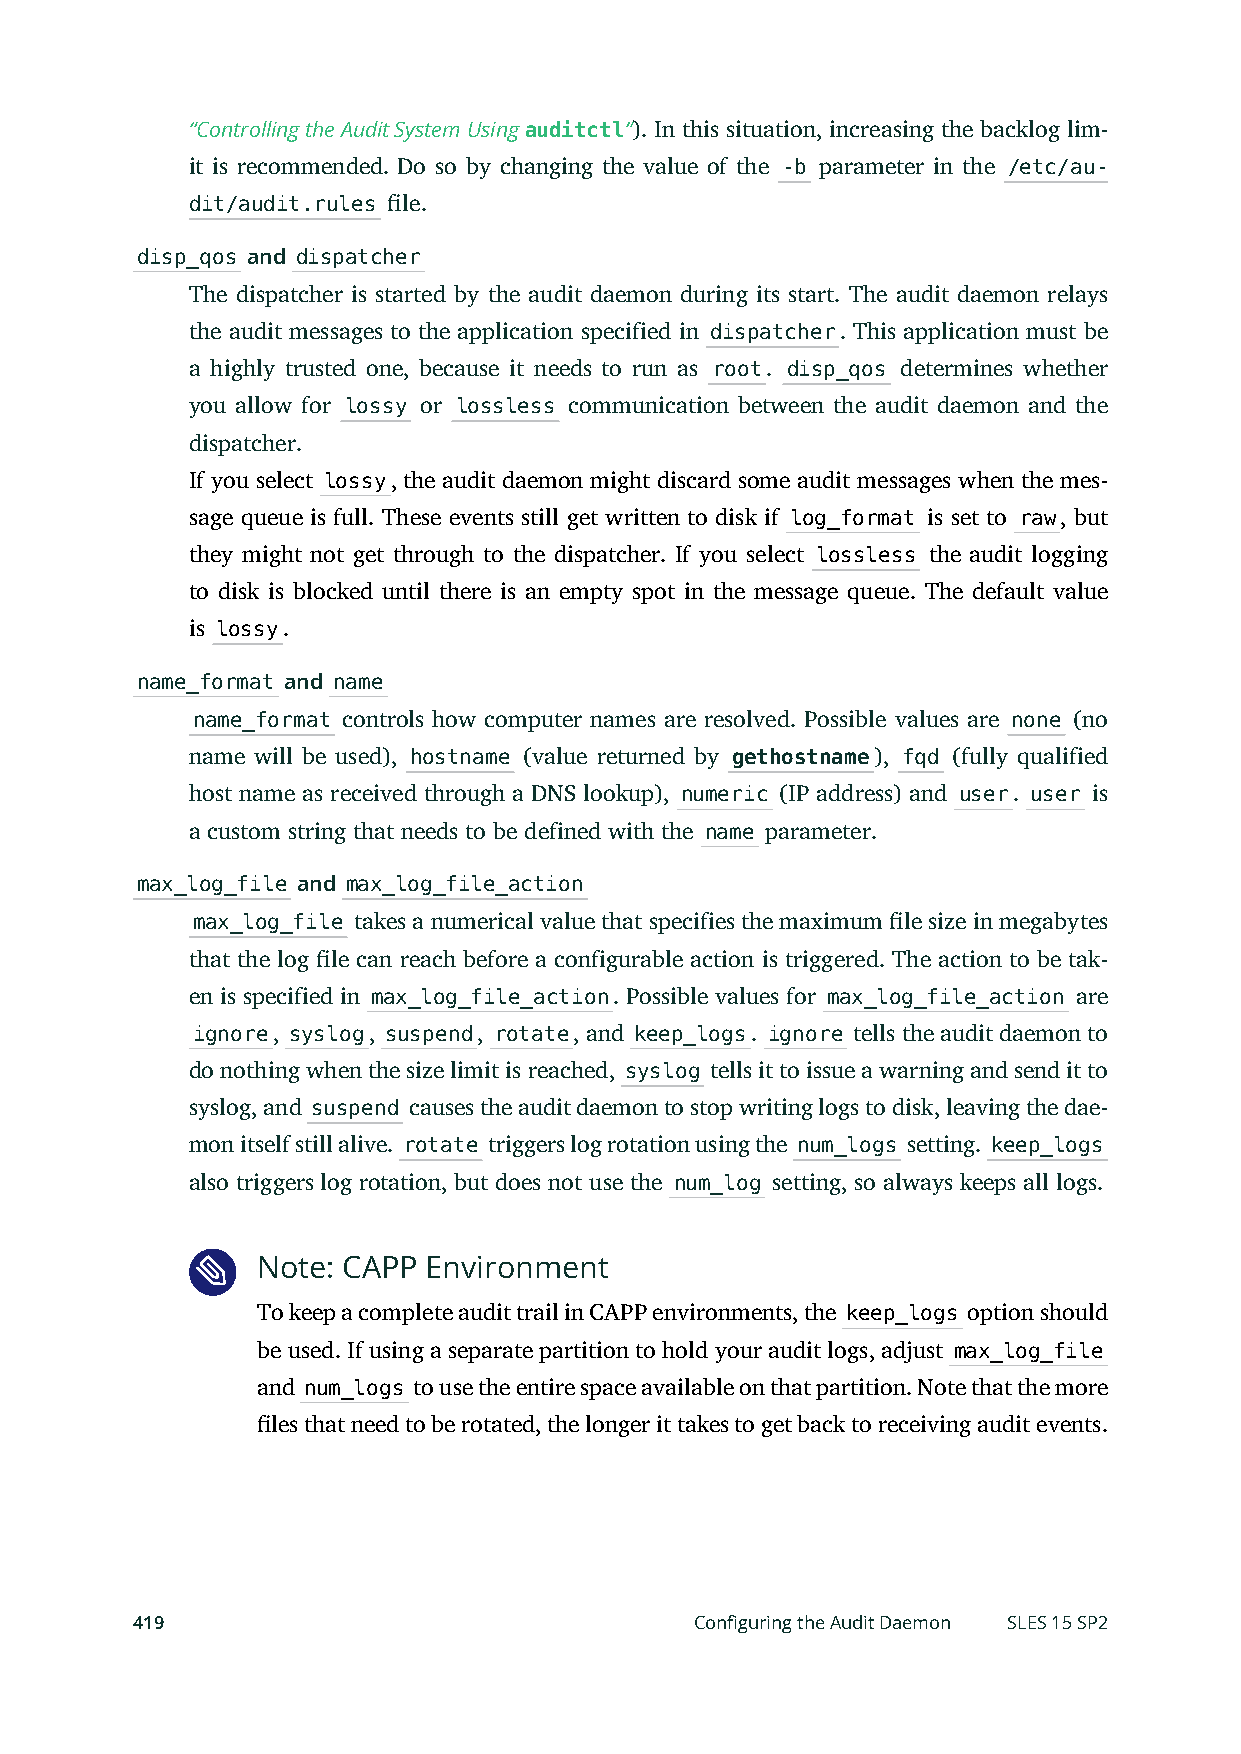
“Controlling the Audit System Using auditctl”). In this situation, increasing the backlog lim-
 it is recommended. Do so by changing the value of the -b parameter in the /etc/au-
 dit/audit.rules le.
 disp_qos and dispatcher
 The dispatcher is started by the audit daemon during its start. The audit daemon relays
 the audit messages to the application specified in dispatcher. This application must be
 a highly trusted one, because it needs to run as root. disp_qos determines whether
 you allow for lossy or lossless communication between the audit daemon and the
 dispatcher.
 If you select lossy, the audit daemon might discard some audit messages when the mes-
 sage queue is full. These events still get written to disk if log_format is set to raw, but
 they might not get through to the dispatcher. If you select lossless the audit logging
 to disk is blocked until there is an empty spot in the message queue. The default value
 is lossy.
 name_format and name
 name_format controls how computer names are resolved. Possible values are none (no
 name will be used), hostname (value returned by gethostname), fqd (fully qualified
 host name as received through a DNS lookup), numeric (IP address) and user. user is
 a custom string that needs to be defined with the name parameter.
 max_log_file and max_log_file_action
 max_log_file takes a numerical value that specifies the maximum le size in megabytes
 that the log le can reach before a configurable action is triggered. The action to be tak-
 en is specified in max_log_file_action. Possible values for max_log_file_action are
 ignore, syslog, suspend, rotate, and keep_logs. ignore tells the audit daemon to
 do nothing when the size limit is reached, syslog tells it to issue a warning and send it to
 syslog, and suspend causes the audit daemon to stop writing logs to disk, leaving the dae-
 mon itself still alive. rotate triggers log rotation using the num_logs setting. keep_logs
 also triggers log rotation, but does not use the num_log setting, so always keeps all logs.
 Note: CAPP Environment
 To keep a complete audit trail in CAPP environments, the keep_logs option should
 be used. If using a separate partition to hold your audit logs, adjust max_log_file
 and num_logs to use the entire space available on that partition. Note that the more
 les that need to be rotated, the longer it takes to get back to receiving audit events.
 419                                  Configuring the Audit Daemon SLES 15 SP2